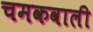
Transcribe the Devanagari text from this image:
चमकवाली